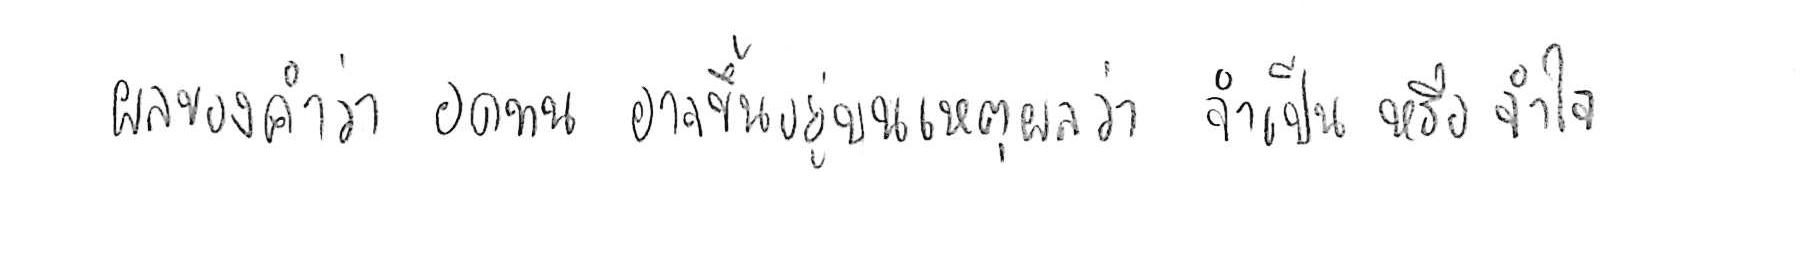
ผลของคำว่า อดทน อาจขึ้นอยู่บนเหตุผลว่า จำเป็น หรือ จำใจ